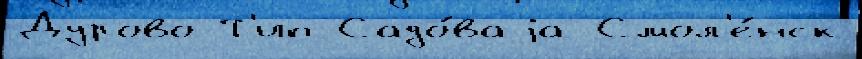
Дурово Т'ип Садо́ваjа Смол'е́нск